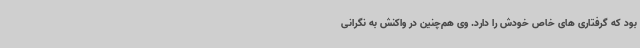
بود که گرفتاری های خاص خودش را دارد. وی هم‌چنین در واکنش به نگرانی